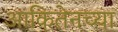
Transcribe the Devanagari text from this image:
आकितेनच्या